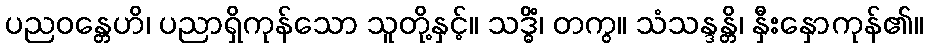
ပညဝန္တေဟိ၊ ပညာရှိကုန်သော သူတို့နှင့်။ သဒ္ဓိံ၊ တကွ။ သံသန္ဒန္တိ၊ နှီးနှောကုန်၏။